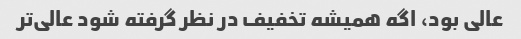
عالی بود، اگه همیشه تخفیف در نظر گرفته شود عالی‌تر